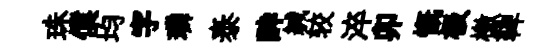
珠僕均字璘泰酔緘较淬卯慨极檄鞞